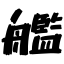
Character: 艦